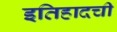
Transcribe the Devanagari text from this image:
इतिहादची